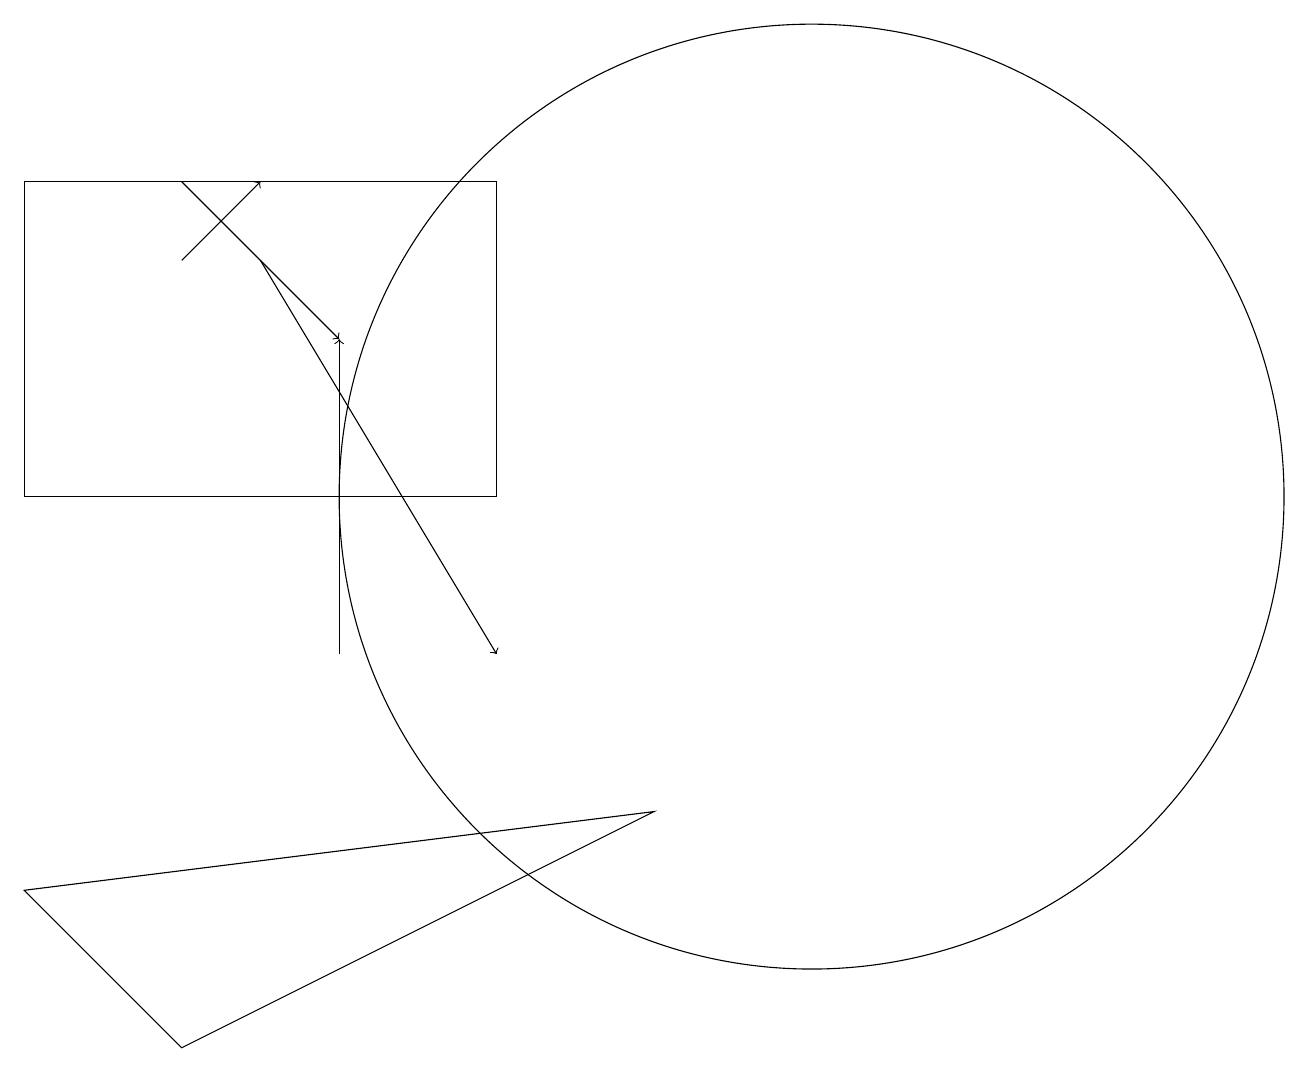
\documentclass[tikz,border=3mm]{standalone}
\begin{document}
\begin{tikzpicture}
\draw (2,5) -- (0,7) -- (8,8) -- cycle;
\draw[->] (2,15) -- (3,16);
\draw[->] (2,16) -- (4,14);
\draw[->] (4,10) -- (4,14);
\draw[->] (3,15) -- (6,10);
\draw (10,12) circle (6);
\draw (6,12) rectangle (0,16);
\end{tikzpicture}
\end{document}